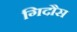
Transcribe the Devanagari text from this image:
गिदौस